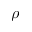
\rho